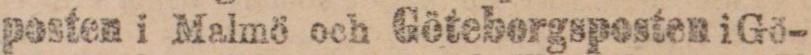
posten i Malmö och Göteborgspesten i Gö-